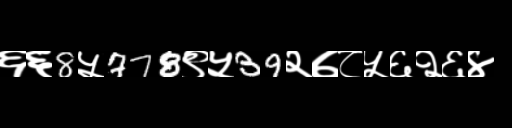
Text: ६६8५778९५39२७८५६२६४